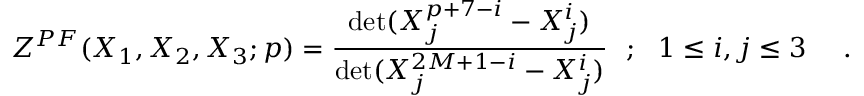
{ \cal { Z } } ^ { P F } ( X _ { 1 } , X _ { 2 } , X _ { 3 } ; p ) = { \frac { \operatorname * { d e t } ( X _ { j } ^ { p + 7 - i } - X _ { j } ^ { i } ) } { \operatorname * { d e t } ( X _ { j } ^ { 2 M + 1 - i } - X _ { j } ^ { i } ) } } ~ ~ ; ~ ~ 1 \le i , j \le 3 ~ ~ ~ ~ .